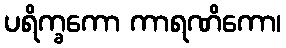
ပရိက္ခကော ကာရဏိကော၊